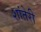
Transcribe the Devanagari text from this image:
शांतेरी